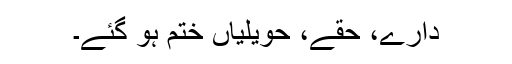
دارے، حقے، حویلیاں ختم ہو گئے۔